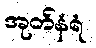
အုတ်နံရံ